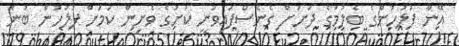
އޭނާ ފުލުހުންގެ ބެލުމުގެ ދަށަށް ގެނެސްފައިވަނީ ކުށުގެ ވެށިން ކަމަށް ފުލުހުން ބުނެ